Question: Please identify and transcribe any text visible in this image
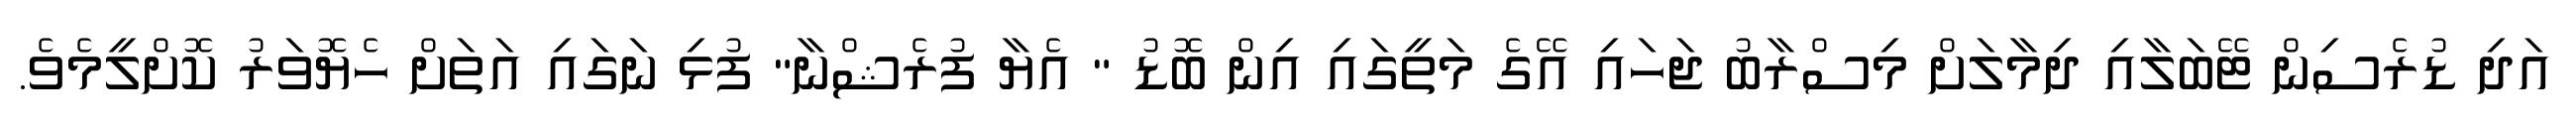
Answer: އަދި ޑުރެސިން ޓޭބަލާއި ދިމާލަށް މިސްރާބު ޖަހައި އޭގެ މަތީގައި އިން ބޮޑު " އެޔާ ފުރެޝްނާ" ފުޅި ނަގައި އަތަށް ހެޔޮވަރު ކޮށްލީމެވެ.